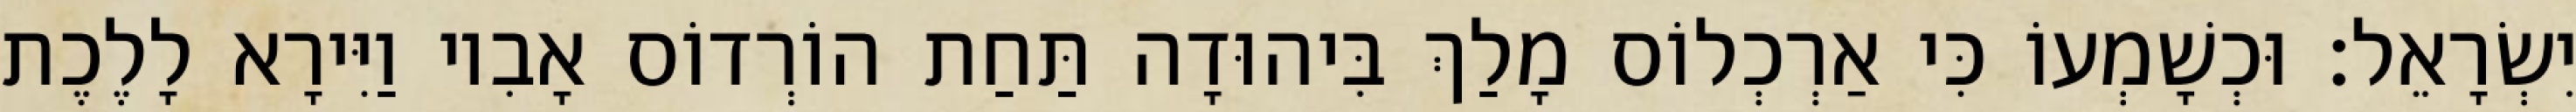
יִשְׂרָאֵל׃ וּכְשָׁמְעוֹ כִּי אַרְכְלוֹס מָלַךְ בִּיהוּדָה תַּחַת הוֹרְדוֹס אָבִיו וַיִּירָא לָלֶכֶת